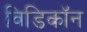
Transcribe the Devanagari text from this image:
विडिकॉन